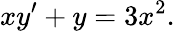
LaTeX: xy^{\prime}+y=3x^{2}.